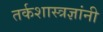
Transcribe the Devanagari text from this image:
तर्कशास्त्रज्ञांनी